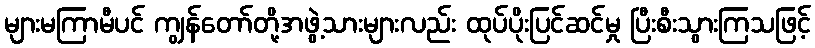
များမကြာမီပင် ကျွန်တော်တို့အဖွဲ့သားများလည်း ထုပ်ပိုးပြင်ဆင်မှု ပြီးစီးသွားကြသဖြင့်